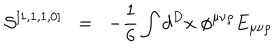
LaTeX: { \cal { S } } ^ { [ 1 , 1 , 1 , 0 ] } \; \; = \; \; - \frac { 1 } { 6 } \int d ^ { D } x \; \phi ^ { \mu \nu \rho } E _ { \mu \nu \rho }